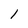
Character: 1